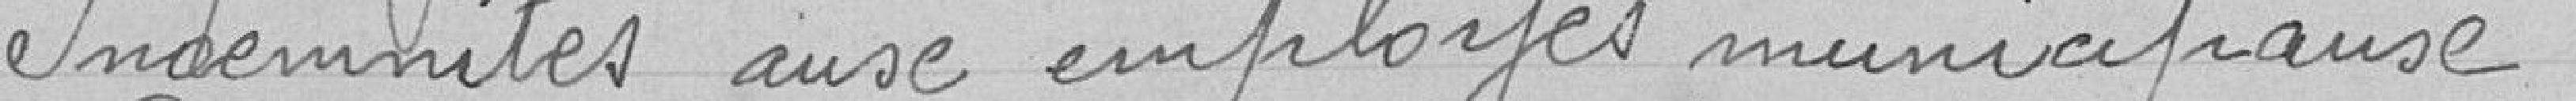
Indemnités aux employés municipaux .